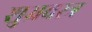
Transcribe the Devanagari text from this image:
शुभ्रवस्त्र